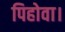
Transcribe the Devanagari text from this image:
पिहोवा।